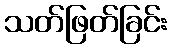
သတ်ဖြတ်ခြင်း